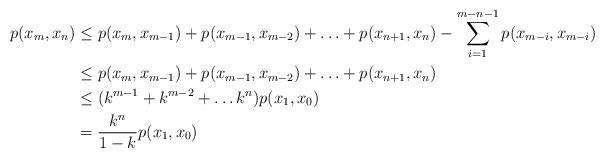
LaTeX: \begin{align*}p(x_m,x_n)&\leq p(x_m,x_{m-1})+p(x_{m-1},x_{m-2})+\ldots+p(x_{n+1},x_n)-\sum_{i=1}^{m-n-1}p(x_{m-i},x_{m-i})\\&\leq p(x_m,x_{m-1})+p(x_{m-1},x_{m-2})+\ldots+p(x_{n+1},x_n)\\&\leq(k^{m-1}+k^{m-2}+\ldots k^n)p(x_1,x_0)\\&=\frac{k^n}{1-k}p(x_1,x_0)\end{align*}